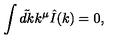
\int \tilde { d k } k ^ { \mu } \hat { I } ( k ) = 0 ,